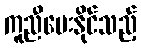
ကူညီပေးနိုင်သည့်